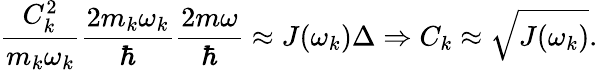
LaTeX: \frac{C_{k}^{2}}{m_{k}\omega_{k}}\frac{2m_{k}\omega_{k}}{\hbar}\frac{2m\omega}{\hbar}\approx J(\omega_{k})\Delta\Rightarrow C_{k}\approx\sqrt{J(\omega_{k})}.